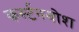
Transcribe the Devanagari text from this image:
कर्स्‍टनबोश